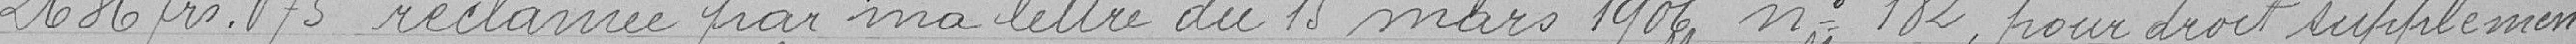
2636frs.75 réclamée par ma lettre du 15 mars 1906 n° 182, pour droit supplémen=